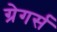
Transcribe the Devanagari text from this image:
ग्रेगर्स